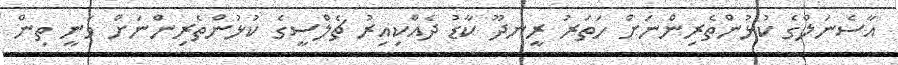
އާސެނަލްގެ ކުޅުންތެރިންނަށް ހަތަރު ރީނދޫ ކާޑު ދެއްކިއިރު ޗެލްސީގެ ކުޅުންތެރިންނަށް ވަނީ ތިން